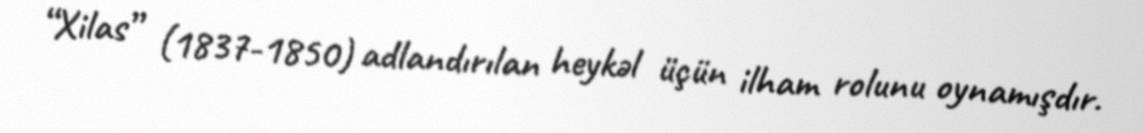
“Xilas” (1837-1850) adlandırılan heykəl üçün ilham rolunu oynamışdır.